Indian journal of veterinary science and animal husbandry - Volumes 15-17, 1948-1951
Year: 1948
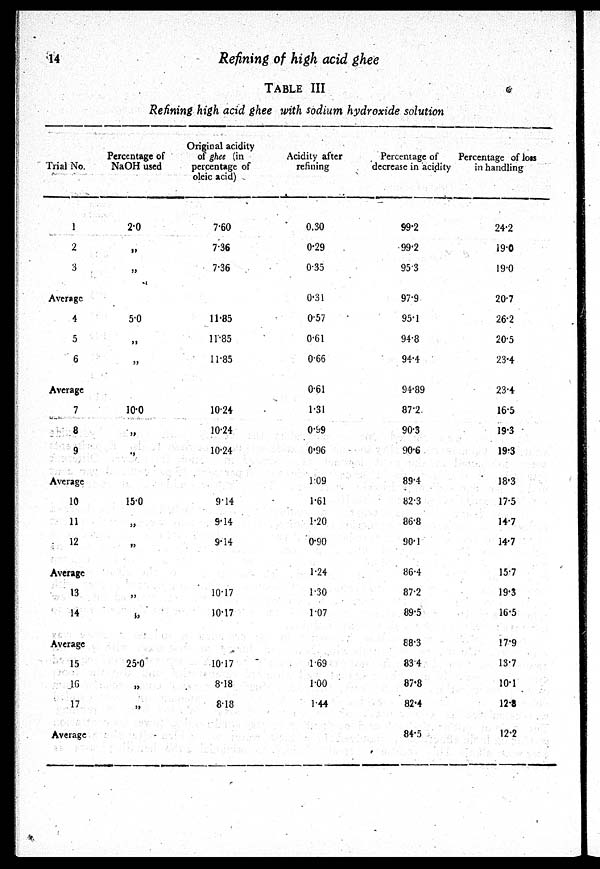
14
Refining of high acid ghee
TABLE III
Refining high acid ghee with sodium hydroxide solution
Trial No.
1
2
3
Average
4
5
6
Average
7
8
9
Average
10
11
12
Average
13
14
Average
15
16
17
Average
Percentage of
NaOH used
2.0
„
„
5.0
„
„
10.0
„
„
15.0
„
„
„
„
25.0
„
„
Original acidity
of ghee (in
percentage of
oleic acid)
7.60
7.36
7.36
11.85
11.85
11.85
10.24
10.24
10.24
9.14
9.14
9.14
10.17
10.17
10.17
8.18
8.18
Acidity after
refining
0.30
0.29
0.35
0.31
0.57
0.61
0.66
0.61
1.31
0.99
0.96
109
1.61
1.20
0.90
1.24
1.30
1.07
1.69
1.00
1.44
Percentage of
decrease in acidity
99.2
99.2
95.3
97.9
95.1
94.8
94.4
94.89
87.2
90.3
90.6
89.4
82.3
86.8
90.1
86.4
87.2
89.5
88.3
83.4
87.8
82.4
84.5
Percentage of loss
in handling
24.2
19.0
19.0
20.7
26.2
20.5
23.4
23.4
16.5
19.3
19.3
18.3
17.5
14.7
14.7
15.7
19.3
16.5
17.9
13.7
10.1
12.8
12.2